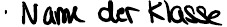
Name der Klasse